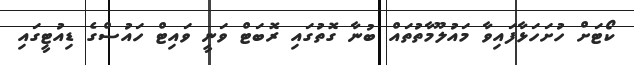
ކޯޓަށް ހުށަހަޅާފައިވާ މައުލޫމާތުތައް ބުނާ ގޮތުގައި ރޮބަޓް ވަނީ ވައިޓް ހައުސްގެ ޑިއުޓީގައި